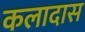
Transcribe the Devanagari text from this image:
कलादास